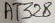
Text: AT328